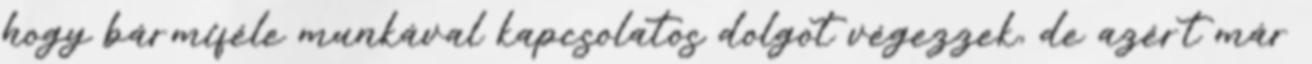
hogy bármiféle munkával kapcsolatos dolgot végezzek, de azért már